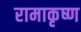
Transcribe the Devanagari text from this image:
रामाकृष्ण